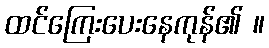
ထင်ကြေးပေးနေကုန်၏ ။